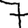
Digit: 7